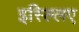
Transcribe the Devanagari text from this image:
इस्ल्लिए